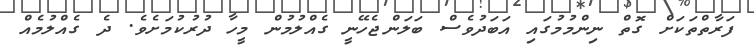
ފަރާތްތަކަށް ގޮތް ނިންމުމުގައި އަބަދުވެސް ބަލަންޖެހޭނީ ގެއްލުމުން މީހާ ދުރުކުމަށެވެ. ދެ ގެއްލުމެއް